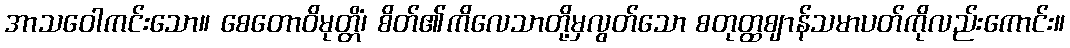
အာသဝေါကင်းသော။ စေတောဝိမုတ္တိံ၊ စိတ်၏ကိလေသာတို့မှလွတ်သော စတုတ္ထဈာန်သမာပတ်ကိုလည်းကောင်း။